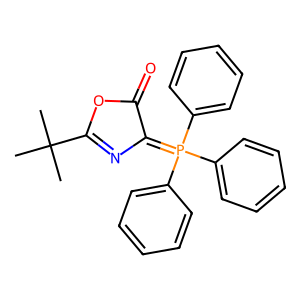
SMILES: CC(C)(C)C1=NC(=P(c2ccccc2)(c2ccccc2)c2ccccc2)C(=O)O1
Inhibits HIV replication: No